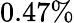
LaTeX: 0.47\%